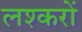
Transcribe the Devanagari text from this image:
लश्करों